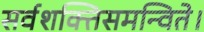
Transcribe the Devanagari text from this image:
सर्वशक्तिसमन्विते।